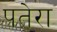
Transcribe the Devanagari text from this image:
पतेरा